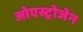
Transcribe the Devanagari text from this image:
ओएस्ट्रोजेन